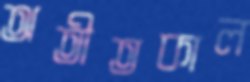
অতীতকাল